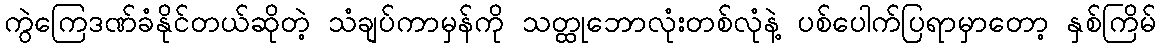
ကွဲကြေဒဏ်ခံနိုင်တယ်ဆိုတဲ့ သံချပ်ကာမှန်ကို သတ္ထုဘောလုံးတစ်လုံနဲ့ ပစ်ပေါက်ပြရာမှာတော့ နှစ်ကြိမ်